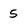
Character: 5